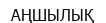
АҢШЫЛЫҚ